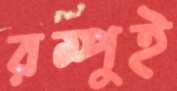
রম্পুই